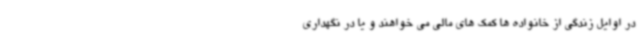
در اوایل زندگی از خانواده ها کمک های مالی می خواهند و یا در نگهداری